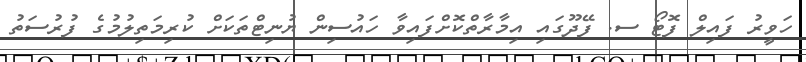
ހަވީރު ފައިލް ފޮޓޯ ސ. ފޭދޫގައި އިމާރާތްކޮށްފައިވާ ހައުސިން ޔުނިޓްތަކަށް ކުރިމަތިލުމުގެ ފުރުސަތު